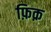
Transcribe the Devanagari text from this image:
फ़िक़